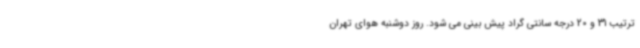
ترتیب 31 و 20 درجه سانتی گراد پیش بینی می شود. روز دوشنبه هوای تهران